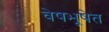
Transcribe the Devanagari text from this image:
वेषभूषेत